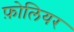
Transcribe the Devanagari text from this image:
फ़ोलियर